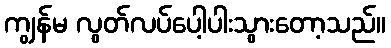
ကျွန်မ လွတ်လပ်ပေါ့ပါးသွားတော့သည်။